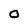
Character: 0